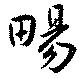
畼